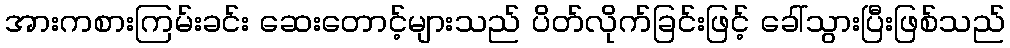
အားကစားကြမ်းခင်း ဆေးတောင့်များသည် ပိတ်လိုက်ခြင်းဖြင့် ခေါ်သွားပြီးဖြစ်သည်